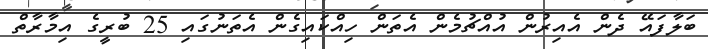
ބަލާފައޭ ދެން އެއިރުން އުއްޗުމެން އެތަން ހިއްކައިގެން އެތަނުގައި 25 ބުރީގެ އިމާރާތް